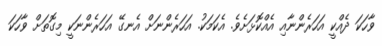
ވާހަކަ ދެއްކީ އަހަރެންނާއި އެއްކޮޅަށެވެ. އެކަމަކު. އަހަރެންނަށް އެނގޭ އަހަރެންނަކީ މިގޮތަށް ވާހަކަ